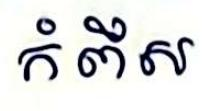
កំពឹស